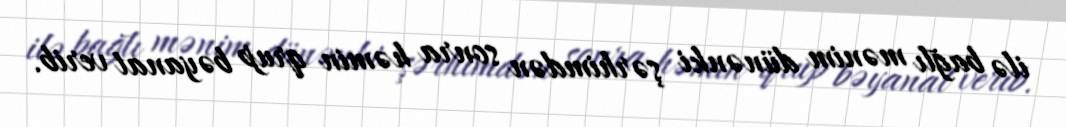
ilə bağlı mənim dünənki şərhimdən sonra həmin qrup bəyanat verib.